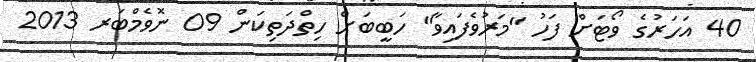
40 އަހަރުގެ ވޯޓަށް ފަހު "މަރުވެފައިވާ" ހަބީބަށް ހިތްދަތިކަން 09 ނޮވެމްބަރ 2013